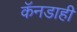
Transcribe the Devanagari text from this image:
कॅनडाही